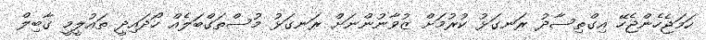
ހަމަޖެހެންޖެހޭ އިގްތިސާދު ރަނގަޅު ކުރުމަށް ޒުވާނުންނަށް ރަނގަޅު މުސްތަގްބަލެއް ހޯދައިދީ ތައުލީމީ ގާބިލް